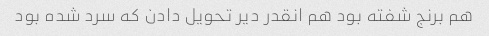
هم برنج شفته بود هم انقدر دیر تحویل دادن که سرد شده بود